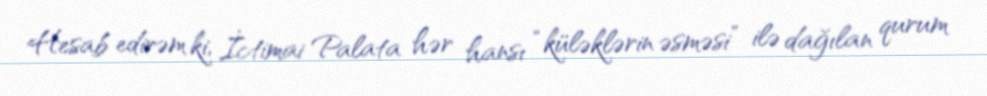
Hesab edirəm ki, İctimai Palata hər hansı “küləklərin əsməsi” ilə dağılan qurum